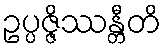
ဥပ္ပဇ္ဇိဿန္တီတိ